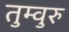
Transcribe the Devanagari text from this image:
तुम्वुरु